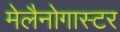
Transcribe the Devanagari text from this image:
मेलैनोगास्टर